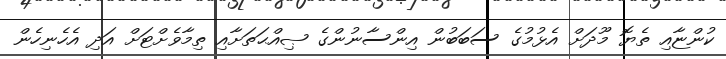
ކުންޏާއި ތެޔޮ މޫދަށް އެޅުމުގެ ސަބަބުން އިންސާނުންގެ ޞިއްޙަތަށާއި ތިމާވެށްޓަށް އަދި އެހެނިހެން